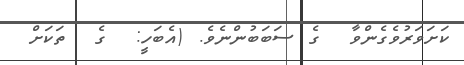
ކަށަވަރުވެގެންވާ  ގެ ސަބަބުންނެވެ. (އެބަހީ:  ގެ  ތަކަށް